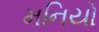
મનિયો